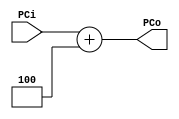
module adder4(PCi, PCo);

input [31:0]PCi;
output [31:0]PCo;

assign PCo = PCi + 32'b00000100;

endmodule